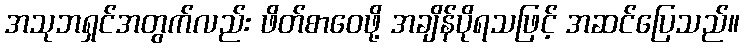
အသုဘရှင်အတွက်လည်း ဖိတ်စာဝေဖို့ အချိန်ပိုရသဖြင့် အဆင်ပြေသည်။